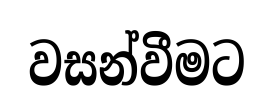
වසන්වීමට